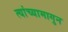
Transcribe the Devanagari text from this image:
त्यांच्यामागुन